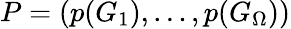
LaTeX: P=(p(G_{1}),\dots,p(G_{\Omega}))